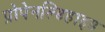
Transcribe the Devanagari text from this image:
प्रोपेनल्डिहाइड